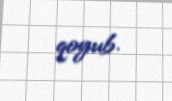
qoyub.